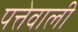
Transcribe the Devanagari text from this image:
पत्तेवाली